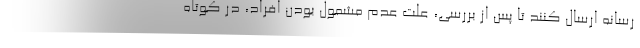
رسانه ارسال کنند تا پس از بررسی، علت عدم مشمول بودن افراد، در کوتاه